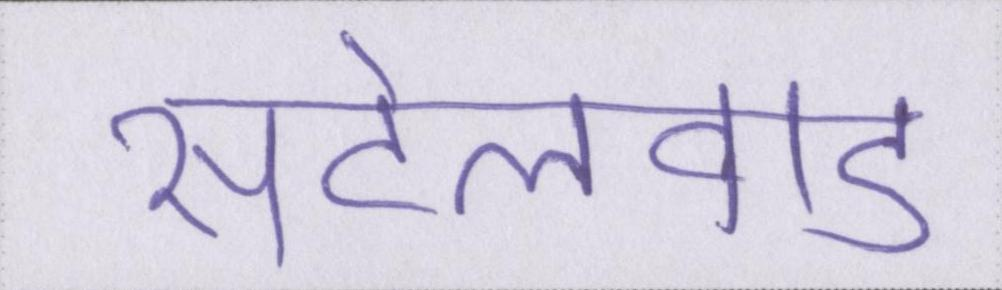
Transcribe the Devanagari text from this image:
सेटलवाड